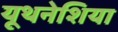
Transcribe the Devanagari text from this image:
यूथनेशिया